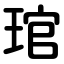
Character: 琯